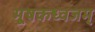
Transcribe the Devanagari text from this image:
मूषकध्वजम्